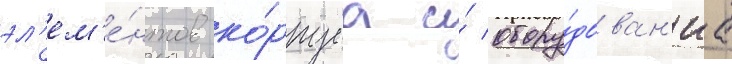
эл'ем'е́нтов ко́рпуса и́ обору́дован'иа